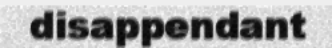
disappendant